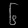
Digit: ၆